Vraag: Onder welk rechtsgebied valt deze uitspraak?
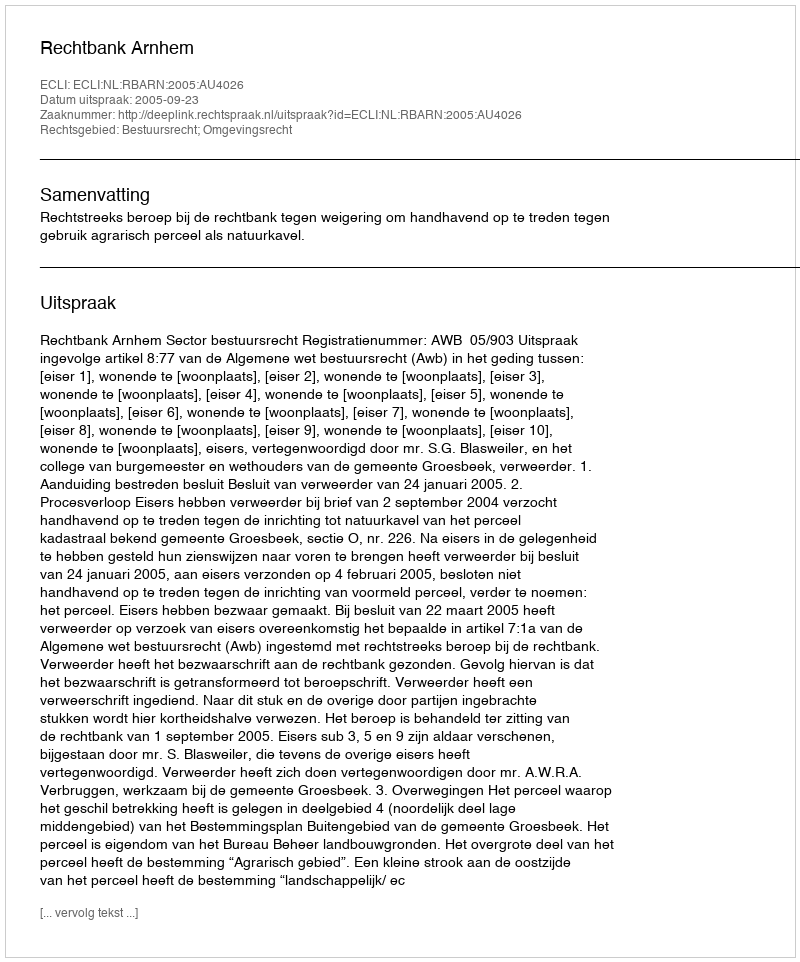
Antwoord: Bestuursrecht; Omgevingsrecht